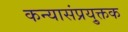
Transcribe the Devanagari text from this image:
कन्यासंप्रयु्क्तक